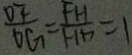
\frac { O F } { O G } = \frac { F H } { H D } = 1